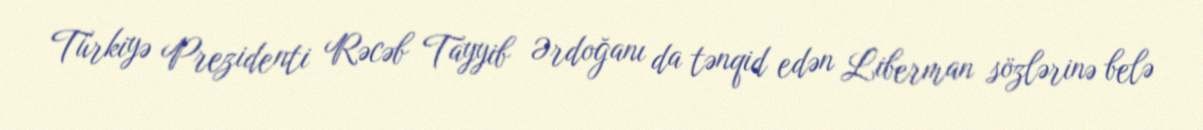
Türkiyə Prezidenti Rəcəb Tayyib Ərdoğanı da tənqid edən Liberman sözlərinə belə